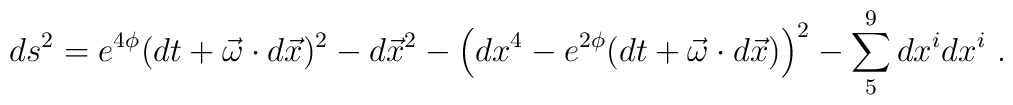
ds^2 =  e^{4\phi} (dt +\vec \omega \cdot d \vec  x) ^2 - d \vec x^2 - \left(dx^4  -e^{2\phi} (dt + \vec \omega \cdot d\vec x)\right)^2  -  \sum_5^9 d x^{i}d x^{i} \ .